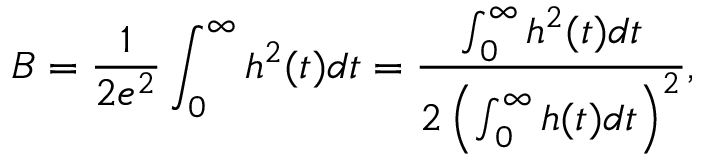
B = \frac { 1 } { 2 e ^ { 2 } } \int _ { 0 } ^ { \infty } h ^ { 2 } ( t ) d t = \frac { \int _ { 0 } ^ { \infty } h ^ { 2 } ( t ) d t } { 2 \left( \int _ { 0 } ^ { \infty } h ( t ) d t \right) ^ { 2 } } ,